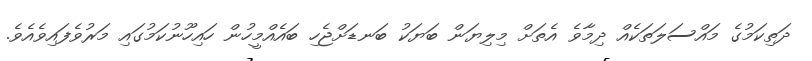
ދަތިކަމުގެ މައްސަލަތަކެއް ދިމާވެ އެތަށް މިލިޔަން ބަޔަކު ބަނޑަށްޖެހި ބައެއްމީހުން ހައިހޫނުކަމުގައި މަރުވެފައިވެއެވެ.